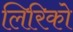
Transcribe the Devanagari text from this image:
लिरिको